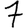
Digit: 7